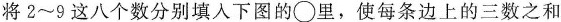
将2～9这八个数分别填入下图的\circ里，使每条边上的三数之和